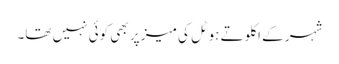
شہر کے اکلوتے ہوٹل کی میز پر بھی کوئی نہیں تھا۔